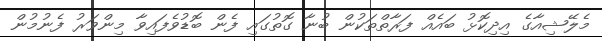
މެލޭޝިއާގެ އިދިކޮޅު ބައެއް ފަރާތްތަކުން ބުނާ ގޮތުގައި ފެން ބޮޑުވެފައިވާ މިންވަރު ފެނުމުން